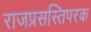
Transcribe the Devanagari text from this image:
राजप्रसस्तिपरक